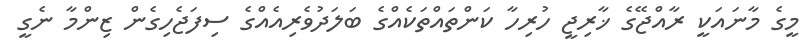
މީގެ މާނައަކީ ރާއްޖޭގެ ޚާރިޖީ ހުރިހާ ކަންތައްތަކެއްގެ ބަލަދުވެރިއެއްގެ ސިފަޖެހިގެން ޒިންމާ ނެގީ